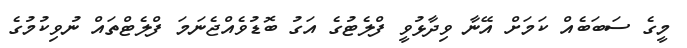
މީގެ ސަބަބެއް ކަމަށް އޭނާ ވިދާޅުވީ ފްލެޓުގެ އަގު ބޮޑުވެއްޖެނަމަ ފްލެޓްތައް ނުވިކުމުގެ